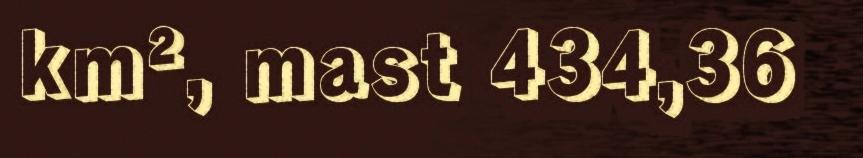
km², mast 434,36